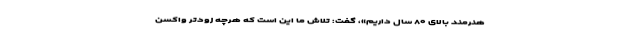
هنرمند بالای ۸۰ سال داریم»، گفت: تلاش ما این است که هرچه زودتر واکسن